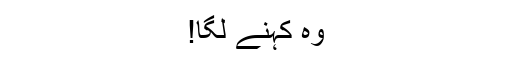
وہ کہنے لگا!